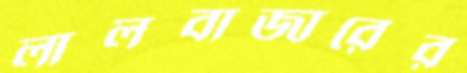
লালবাজারের